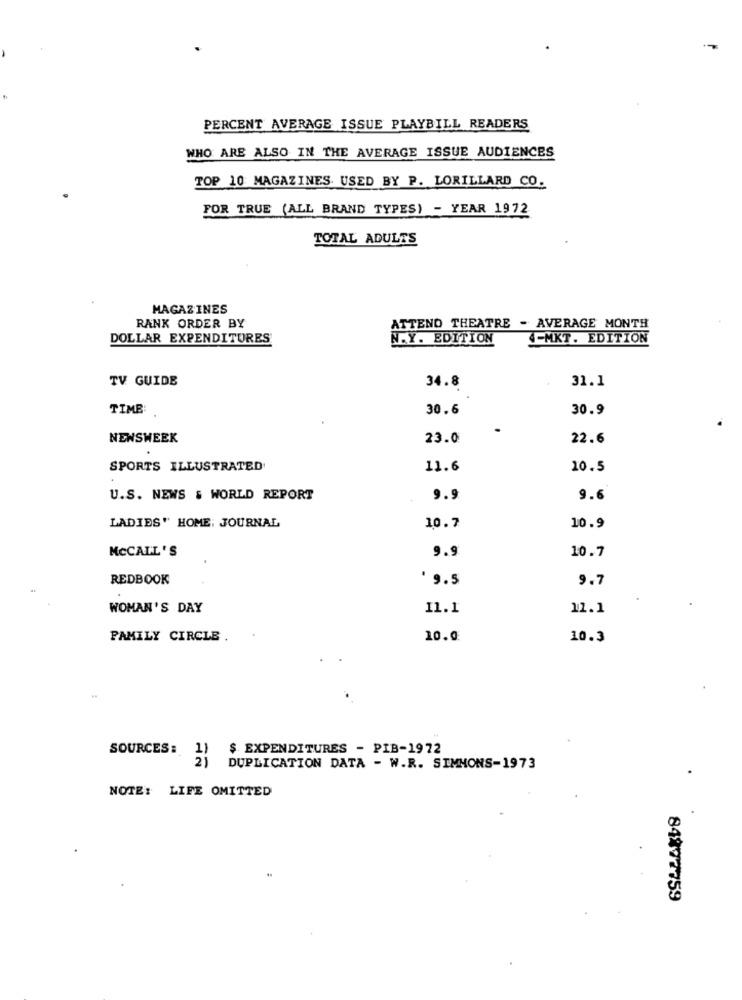
PERCENT AVERAGE ISSUE PLAYBILL READERS
WHO ARE ALSO IN THE AVERAGE ISSUE AUDIENCES
TOP 10 MAGAZINES USED BY P. LORILLARD CO.
FOR TRUE (ALL BRAND TYPES) - YEAR 1972
TOTAL ADULTS
MAGAZINES
RANK ORDER BY
ATTEND THEATRE - AVERAGE MONTH
DOLLAR EXPENDITURES
N.Y. EDITION
4-MKT. EDITION
TV GUIDE
31.1
34.8
TIME:
30.6
30.9
NEWSWEEK
23.0
22.6
SPORTS ILLUSTRATED
11.6
10.5
U.S. NEWS & WORLD REPORT
9.9
9.6
LADIES' HOME: JOURNAL
10.7
10.9
MCCALL'S
9.9
10.7
REDBOOK
'9.5
9.7
WOMAN'S DAY
11.1
11.1
FAMILY CIRCLE
10.0
10.3
SOURCES :
$ EXPENDITURES - PIB-1972
DUPLICATION DATA - W.R. SIMMONS-1973
NOTE: LIFE OMITTED
84877759